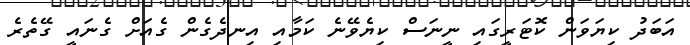
އަބަދު ކިޔަވަން ކޮޓަރީގައި ނީނަސް ކިޔެވޭނެ ކަމާއި އިނދެގެން ގެއަށް ގެނައީ ގޭތެރެ